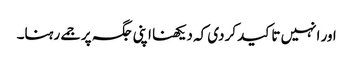
اور انہیں تاکید کردی کہ دیکھنا اپنی جگہ پر جمے رہنا۔